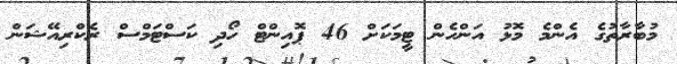
މުބާރާތުގެ އެންމެ މޮޅު އަންހެން ޓީމަކަށް 46 ޕޮއިންޓް ހޯދި ކަސްޓަމްސް ރެކްރިއޭޝަން